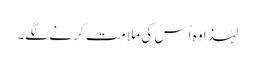
‏ لہٰذا وہ اُس کی ملامت کرنے لگے۔